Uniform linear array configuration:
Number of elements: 64
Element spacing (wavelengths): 1
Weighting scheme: uniform
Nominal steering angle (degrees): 30
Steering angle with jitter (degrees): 30.774
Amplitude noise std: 0.05
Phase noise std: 0.05

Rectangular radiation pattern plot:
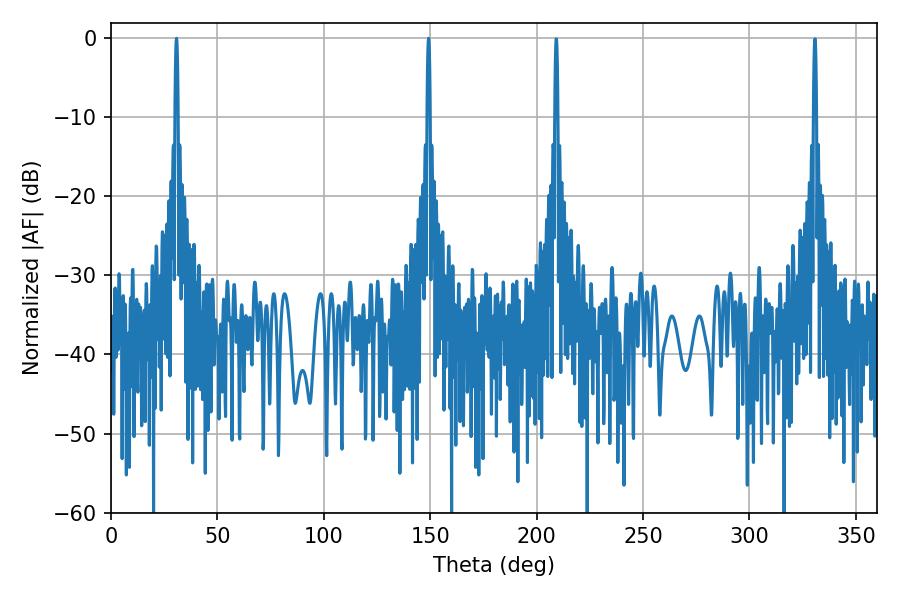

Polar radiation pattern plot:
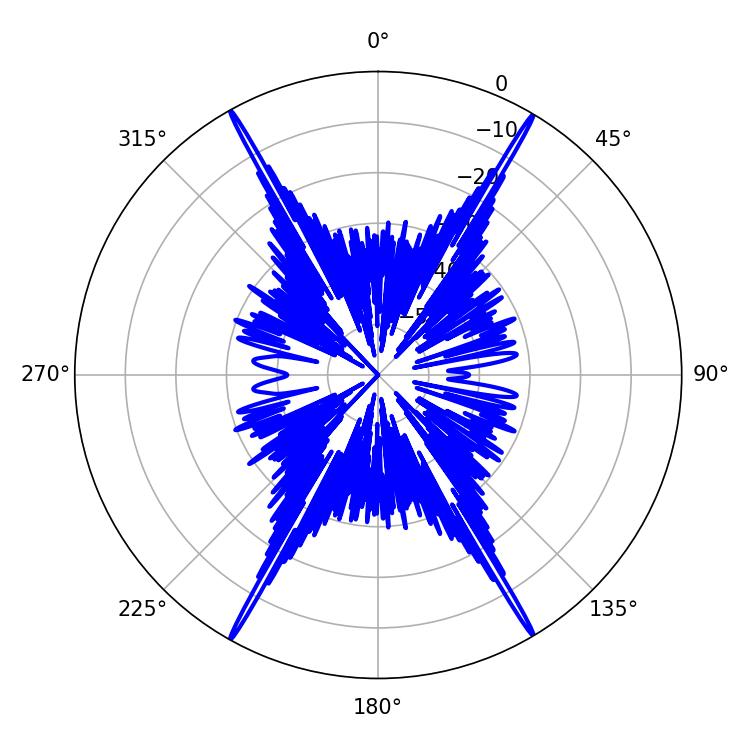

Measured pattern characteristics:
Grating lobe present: TRUE
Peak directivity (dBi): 32.656
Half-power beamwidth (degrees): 0.72
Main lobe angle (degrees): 30.78